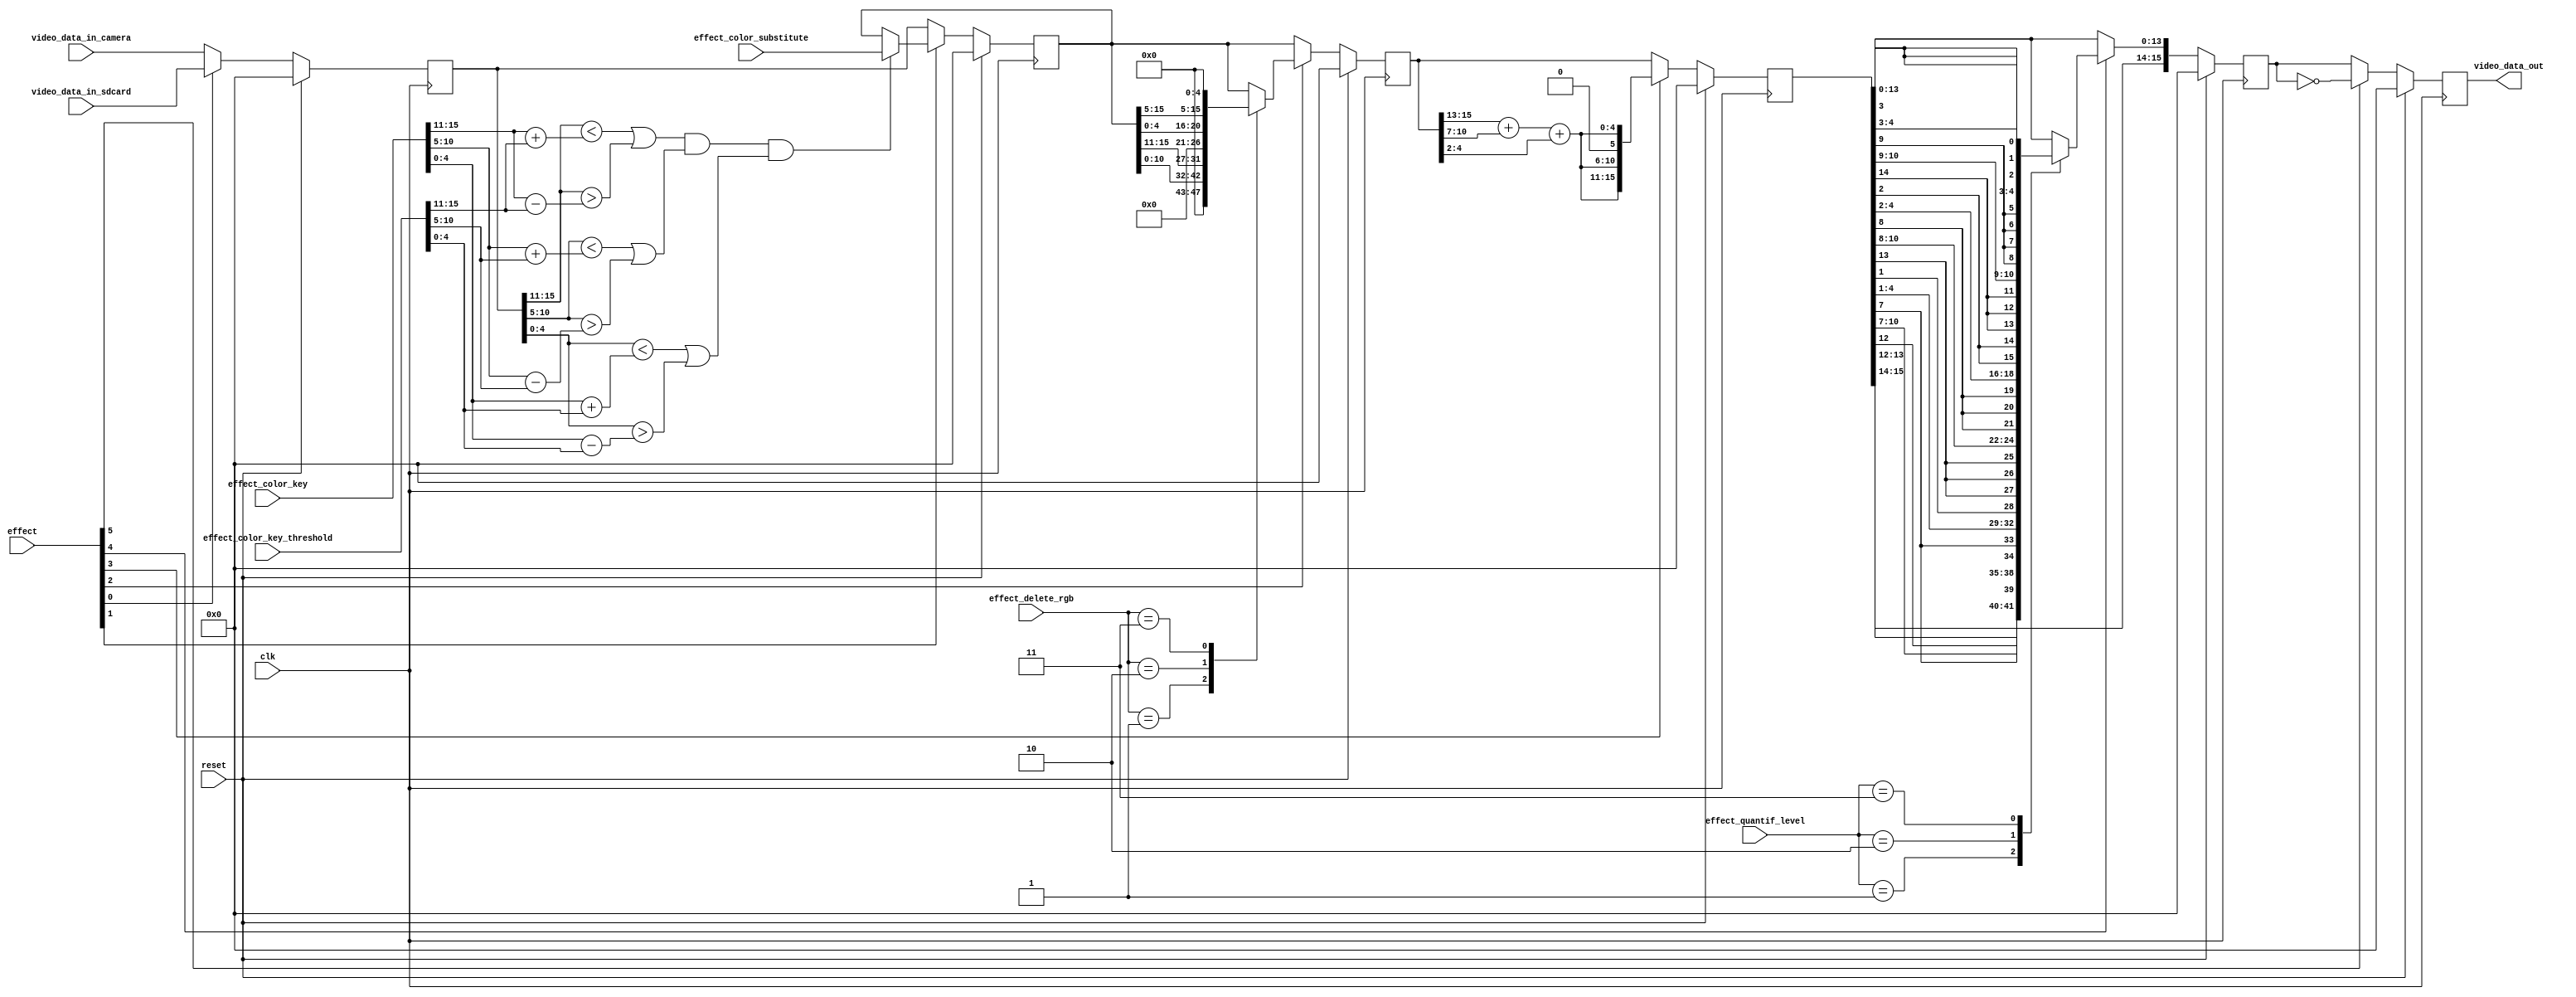
/* PROYECTO CHS 2022/2023
 * Mdulo de implementacin de efectos de vdeo.
*/


module video_effects (
    input wire clk,  // reloj
    input wire reset,  // reset
    
    input wire [7:0] effect,  // indica el efecto de vdeo a aplicar. 5 bits
    
    // effect[0] : Sustitucin de uno o varios colores por un valor constante (Chroma Key)
    //      Usar la variable effect_color_key para especificarlo
    //      Usar la variable effect_color_key_mask para especificar el rango (bits considerados y bits ignorados)
    //      Usar la variable effect_color_substitute para especificar el color de sustitucin
    
    // effect[1] : Eliminacin de uno o varios colores RGB
    //      Usar la variable effect_delete_rgb para especificar la componente a borrar
    
    // effect[2] : Escala de grises. Se usa la tcnica de luminosidad
    
    // effect[3] : Cuantificacin
    //      Usar la variable effect_quantif_level para especificar la precisin
    
    // effect[4] : Negativo
    
    input wire [1:0] effect_delete_rgb,  // indica el valor RGB a eliminar
    
    // effect_delete_rgb = 00 : No se elimina nada
    // effect_delete_rgb = 01 : Eliminar R
    // effect_delete_rgb = 10 : Eliminar G
    // effect_delete_rgb = 11 : Eliminar B
    
    input wire [1:0] effect_quantif_level,  // indica el nmero de componentes a borrar (cuantificar) de cada color
    
    // effect_quantif_level = 00 : No se elimina nada
    // effect_quantif_level = 01 : Se elimina el ltimo bit (LSB)
    // effect_quantif_level = 10 : Se eliminan los dos ltimos bits
    // effect_quantif_level = 11 : Se eliminan los tres ltimos bits
    
    input wire [15:0] effect_color_key,  // indica el valor RGB a eliminar para los efectos que lo necesiten
    input wire [15:0] effect_color_key_threshold,  // indica la tolerancia de colores (+-rango por componente)
    input wire [15:0] effect_color_substitute,  // indica el valor RGB por el que sustituir el color eliminado
    
    input wire [15:0] video_data_in_camera,  // entrada de datos de camara de vdeo
    input wire [15:0] video_data_in_sdcard,  // entrada de datos de imagen de la SD
    output reg [15:0] video_data_out  // salida de datos de vdeo, procesados, al avalon source
    
);


// Seales internas 

// Nets de asignacin secuencial de filtros, pipeline
reg [15:0] video_data_proc_0, video_data_proc_1, video_data_proc_2,
           video_data_proc_3, video_data_proc_4;

reg [4:0] video_aux_gs;  // Valores auxiliares de clculos para filtro greyscale


// /////////////////////////////////////////////////////////////////////////////////
// Pipelining, primer ciclo

always @(posedge clk)
begin
    
    // Pueden aplicarse varios filtros simultneamente.
    // Estn definidos por prioridad secuencial: los primeros IFs se aplican antes.
    // Por eso se usa esta estructura de ifs encadenados y asignaciones combinacionales.
    
    if (reset)
    begin
        video_data_proc_0 <= 16'b0;
        video_data_proc_1 <= 16'b0;
        video_data_proc_2 <= 16'b0;
        video_data_proc_3 <= 16'b0;
        video_data_proc_4 <= 16'b0;
        video_data_out <= 16'b0;
    end
    else
    begin
    
        // 0. Seleccionar entre vdeo de la cmara o de la SD
        if (effect[0] == 1'b1)
        begin
            video_data_proc_0 <= video_data_in_sdcard;
        end
        else
        begin
            video_data_proc_0 <= video_data_in_camera;
        end
        
        
        // 1. Sustitucin de uno o varios colores por un valor constante (Chroma Key)
        if (effect[1] == 1'b1)
        begin
            // Si (pixel & mask) menos (key & mask) es cero => est en rango => sustituirlo
            // (video_data_proc[15:11] >> 2) + (video_data_proc[10:6] >> 1) + (video_data_proc[4:0] >> 2);
            
            if ( 
                ((video_data_proc_0[15:11] < (effect_color_key[15:11] + effect_color_key_threshold[15:11])) | 
                ((video_data_proc_0[15:11] > (effect_color_key[15:11] - effect_color_key_threshold[15:11]))))
                &
                ((video_data_proc_0[10:5] < (effect_color_key[10:5] + effect_color_key_threshold[10:5])) | 
                ((video_data_proc_0[10:5] > (effect_color_key[10:5] - effect_color_key_threshold[10:5]))))
                &
                ((video_data_proc_0[4:0] < (effect_color_key[4:0] + effect_color_key_threshold[4:0])) | 
                ((video_data_proc_0[4:0] > (effect_color_key[4:0] - effect_color_key_threshold[4:0]))))
                )
            begin
                video_data_proc_1 <= effect_color_substitute;
            end
        end
        else
        begin
            video_data_proc_1 <= video_data_proc_0;
        end
        
        
        // 2. Eliminacin de uno o varios colores RGB
        if (effect[2] == 1'b1)
        begin
            case (effect_delete_rgb) 
                2'b01: video_data_proc_2 <= {5'b0, video_data_proc_1[10:5], video_data_proc_1[4:0]};
                2'b10: video_data_proc_2 <= {video_data_proc_1[15:11], 6'b0, video_data_proc_1[4:0]};
                2'b11: video_data_proc_2 <= {video_data_proc_1[15:11], video_data_proc_1[10:5], 5'b0};
                default: video_data_proc_2 <= video_data_proc_1;
            endcase
        end
        else
        begin
            video_data_proc_2 <= video_data_proc_1;
        end
        
        
        // 3. Escala de grises: Conversin de RGB a escala de grises
        if (effect[3] == 1'b1)
        begin
            // Grayscale por luminosidad aproximada: 0.25 * R; 0,5 * G; 0,25* B
            // Para el Green usamos 5 bits, los ms significativos (el ltimo es ignorado).
            video_aux_gs = (video_data_proc_2[15:11] >> 2) + (video_data_proc_2[10:6] >> 1) + (video_data_proc_2[4:0] >> 2);
            
            // Concatenacin de bits, compensando el bit verde que no hemos considerado antes
            video_data_proc_3 <= {video_aux_gs, video_aux_gs, 1'b0, video_aux_gs};
        end
        else
        begin
            video_data_proc_3 <= video_data_proc_2;
        end
        
        
        // 4. Cuantificacin: reduccin de la precisin del color
        if (effect[4] == 1'b1)
        begin
            case (effect_quantif_level) 
                2'b01: video_data_proc_4 <= {video_data_proc_3[15:12], video_data_proc_3[12],
                                            video_data_proc_3[10:7], {2{video_data_proc_3[7]}},
                                            video_data_proc_3[4:1], video_data_proc_3[1]};
                
                2'b10: video_data_proc_4 <= {video_data_proc_3[15:13], {2{video_data_proc_3[13]}},
                                            video_data_proc_3[10:8], {3{video_data_proc_3[8]}},
                                            video_data_proc_3[4:2], {2{video_data_proc_3[2]}}};
                
                2'b11: video_data_proc_4 <= {video_data_proc_3[15:14], {3{video_data_proc_3[14]}},
                                            video_data_proc_3[10:9], {4{video_data_proc_3[9]}},
                                            video_data_proc_3[4:3], {3{video_data_proc_3[3]}}};
                                            
                default: video_data_proc_4 <= video_data_proc_3;
            endcase
        end
        else
        begin
            video_data_proc_4 <= video_data_proc_3;
        end
        
        
        // 5. Negativo: invertir bits
        if (effect[5] == 1'b1)
        begin
            video_data_out <= ~video_data_proc_4;
        end
        else
        begin
            video_data_out <= video_data_proc_4;
        end
        
        // Si no entra en ningn caso, simplemente se asigna a la salida.
        // video_data_out <= video_data_proc_5;
    end
    
end



endmodule